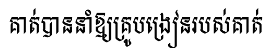
គាត់បាននាំឱ្យគ្រូបង្រៀនរបស់គាត់